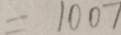
= 1 0 0 7